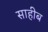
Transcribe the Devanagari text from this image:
साहीब